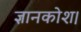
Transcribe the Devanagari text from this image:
ज्ञानकोश।